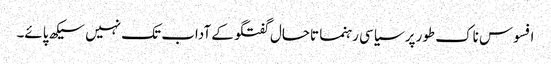
افسوس ناک طورپر سیاسی رہنما تاحال گفتگو کے آداب تک نہیں سیکھ پائے۔